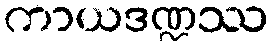
ကာယဒဏ္ဍဿ